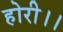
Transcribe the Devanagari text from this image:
होरी।।